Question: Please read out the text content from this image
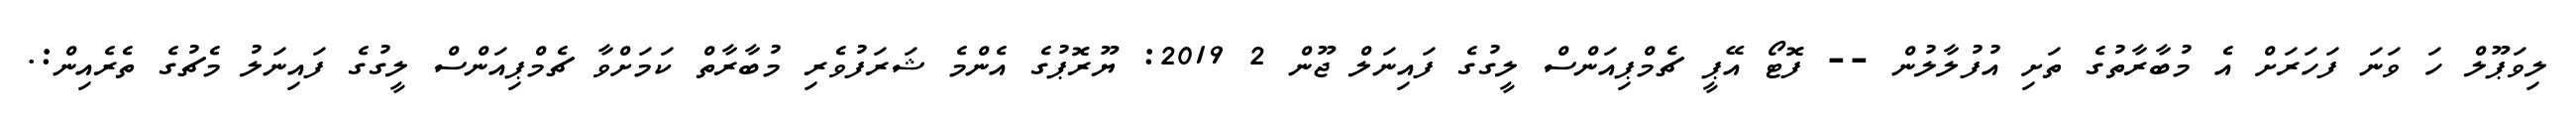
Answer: ލިވަޕޫލް ހަ ވަނަ ފަހަރަށް އެ މުބާރާތުގެ ތަށި އުފުލާލުން -- ފޮޓޯ އޭޕީ ޗެމްޕިއަންސް ލީގުގެ ފައިނަލް ޖޫން 2 2019: ޔޫރޮޕުގެ އެންމެ ޝަރަފުވެރި މުބާރާތް ކަމަށްވާ ޗެމްޕިއަންސް ލީގުގެ ފައިނަލު މެޗުގެ ތެރެއިން:.